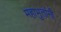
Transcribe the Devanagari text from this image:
महाभुतांनी